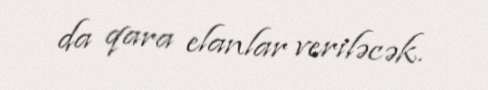
da qara elanlar veriləcək.